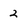
Character: 2